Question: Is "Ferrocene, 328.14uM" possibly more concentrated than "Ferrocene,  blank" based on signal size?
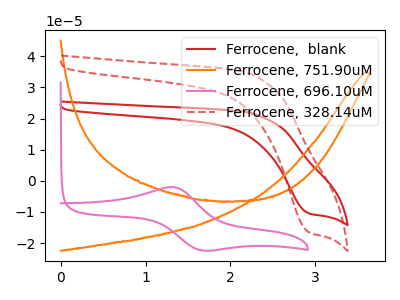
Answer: <think>The red curve "Ferrocene,  blank" has a cathodic peak at: (2.95V, -10.50uA). The orange curve "Ferrocene, 751.90uM" has no peaks. The pink curve "Ferrocene, 696.10uM" has an anodic peak at (1.35V, -2.05uA) and a cathodic peak at (1.65V, -22.30uA). The red dashed curve "Ferrocene, 328.14uM" has a cathodic peak at: (2.95V, -16.60uA).
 All the peaks in "Ferrocene, 328.14uM" have a peak in "Ferrocene,  blank" at the same potential. Every peak in "Ferrocene, 328.14uM" is higher than every peak in "Ferrocene,  blank".</think>
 <answer>"Ferrocene, 328.14uM" has more signal than "Ferrocene,  blank".</answer>
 <eval>more_signal</eval>